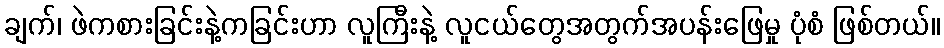
ချက်၊ ဖဲကစားခြင်းနဲ့ကခြင်းဟာ လူကြီးနဲ့ လူငယ်တွေအတွက်အပန်းဖြေမှု ပုံစံ ဖြစ်တယ်။